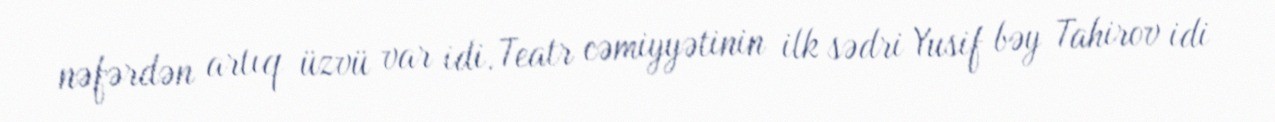
nəfərdən artıq üzvü var idi. Teatr cəmiyyətinin ilk sədri Yusif bəy Tahirov idi